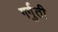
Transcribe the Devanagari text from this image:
गर्गुती